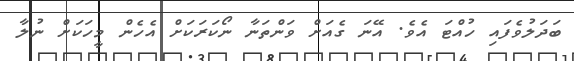
ބަދަލުވެފައި ހުއްޓަ އެވެ. އޭނަ ގެއަށް ވަންތަނާ ނޯކަރަކަށް އެހެން މީހަކަށް ނުލާ